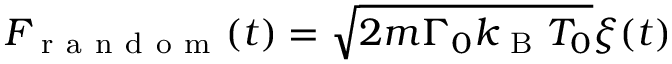
F _ { \mathrm { ~ r ~ a ~ n ~ d ~ o ~ m ~ } } ( t ) = \sqrt { 2 m \Gamma _ { 0 } k _ { \mathrm { ~ B ~ } } T _ { 0 } } \xi ( t )